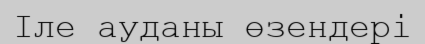
Іле ауданы өзендері